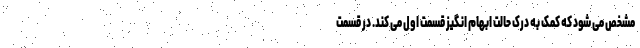
مشخص می شود که کمک به درک حالت ابهام انگیز قسمت اول می کند. در قسمت